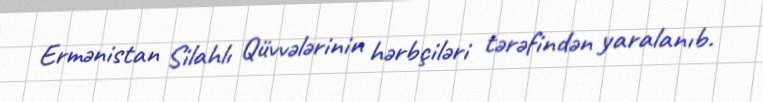
Ermənistan Silahlı Qüvvələrinin hərbçiləri tərəfindən yaralanıb.